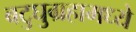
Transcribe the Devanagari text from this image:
बटुघुग्रहामध्ये